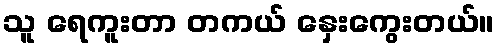
သူ ရေကူးတာ တကယ် နှေးကွေးတယ်။